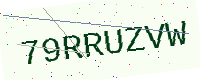
Text: 79RRUZVW